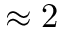
\approx 2